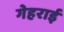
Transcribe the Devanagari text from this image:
गेहराई